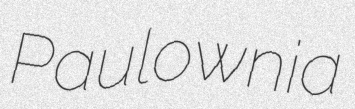
Paulownia